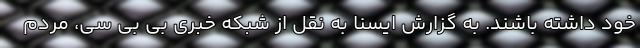
خود داشته باشند. به گزارش ایسنا به نقل از شبکه خبری بی بی سی، مردم